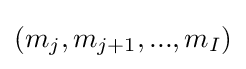
(m_{j},m_{j+1},...,m_{I})